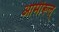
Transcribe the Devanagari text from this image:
आमीरूल्